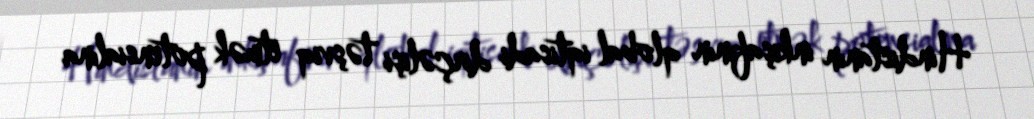
Hindistanın inkişafının qlobal iqtisadi dirçəlişi təşviq etmək potensialına